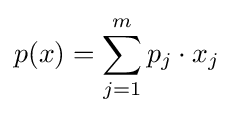
p(x)=\sum _{j=1}^{m}p_{j}\cdot x_{j}